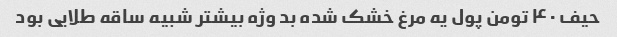
حیف ۴۰ تومن پول یه مرغ خشک شده بد وژه بیشتر شبیه ساقه طلایی بود